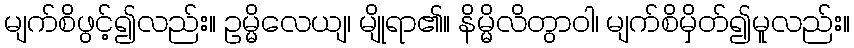
မျက်စိဖွင့်၍လည်း။ ဥမ္မိလေယျ၊ မျိုရာ၏။ နိမ္မိလိတွာဝါ၊ မျက်စိမှိတ်၍မူလည်း။